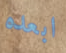
ابعده